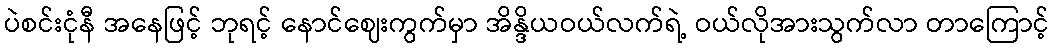
ပဲစင်းငုံနီ အနေဖြင့် ဘုရင့် နောင်ဈေးကွက်မှာ အိန္ဒိယဝယ်လက်ရဲ့ ဝယ်လိုအားသွက်လာ တာကြောင့်